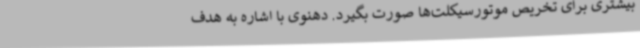
بیشتری برای تخریص موتورسیکلت‌ها صورت بگیرد. دهنوی با اشاره به هدف